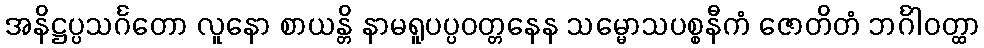
အနိဋ္ဌပ္ပသင်္ဂတော လူနော စာယန္တိ နာမရူပပ္ပဝတ္တနေန သမ္မောသပစ္စနီကံ ဇောတိတံ ဘင်္ဂါဝတ္ထာ